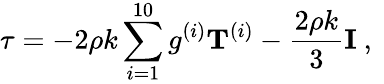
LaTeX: {\mathbf{\tau}}=-2\rho k\sum_{i=1}^{10}{{g^{(i)}}}{{\mathbf{T}}^{(i)}}-\frac{{2\rho k}}{3}{\mathbf{I}}\mathrm{~,~}